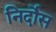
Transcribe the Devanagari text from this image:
निर्दोस